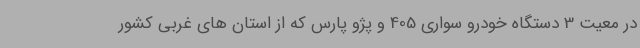
در معیت 3 دستگاه خودرو سواری 405 و پژو پارس که از استان های غربی کشور